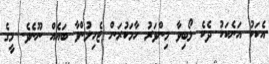
އެކަކު އަނެކަކު ދެކެ ލޯބިވާ މިންވަރު ހާމަކުރަން ޖެހިލުންވާ ބައެއް ނޫނެވެ. މީގެ